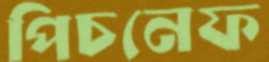
পিচনেফ